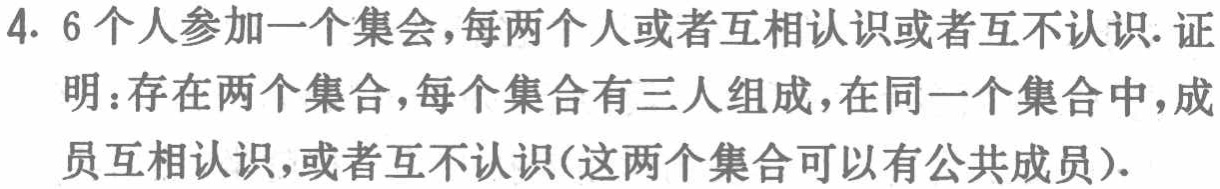
4. 6个人参加一个集会，每两个人或者互相认识或者互不认识. 证明：存在两个集合，每个集合有三人组成，在同一个集合中，成员互相认识，或者互不认识(这两个集合可以有公共成员).